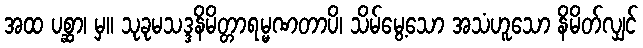
အထ ပစ္ဆာ၊ မှ။ သုခုမသဒ္ဒနိမိတ္တာရမ္မဏတာပိ၊ သိမ်မွေ့သော အသံဟူသော နိမိတ်လျှင်